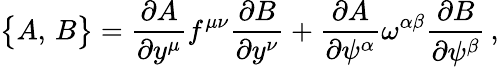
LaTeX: \bigl\{ A,\, B\bigr\} ={\frac{\partial A}{\partial y^{\mu}}}f^{\mu\nu}{\frac{\partial B}{\partial y^{\nu}}}+{\frac{\partial A}{\partial\psi^{\alpha}}}\omega^{\alpha\beta}{\frac{\partial B}{\partial\psi^{\beta}}}\, ,